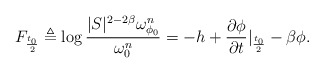
\begin{align*}F_{\frac{t_0}{2}}\triangleq\log \frac{|S|^{2-2\beta}\omega^n_{\phi_0}}{\omega^n_{0}}=-h+\frac{\partial \phi}{\partial t}|_{\frac{t_0}{2}}-\beta \phi.\end{align*}